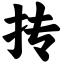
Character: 抟